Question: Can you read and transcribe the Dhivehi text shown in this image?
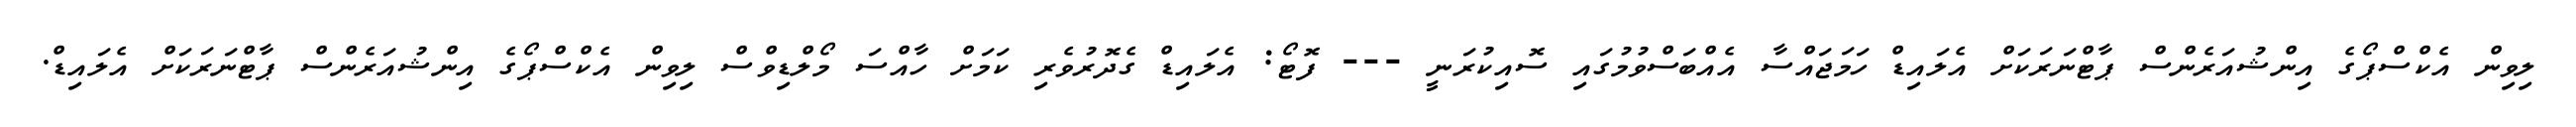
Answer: ލިވިން އެކްސްޕޯގެ އިންޝުއަރެންސް ޕާޓްނަރަކަށް އެލައިޑް ހަމަޖައްސާ އެއްބަސްވުމުގައި ސޮއިކުރަނީ --- ފޮޓޯ: އެލައިޑް ގެދޮރުވެރި ކަމަށް ހާއްސަ މޯލްޑިވްސް ލިވިން އެކްސްޕޯގެ އިންޝުއަރެންސް ޕާޓްނަރަކަށް އެލައިޑް.